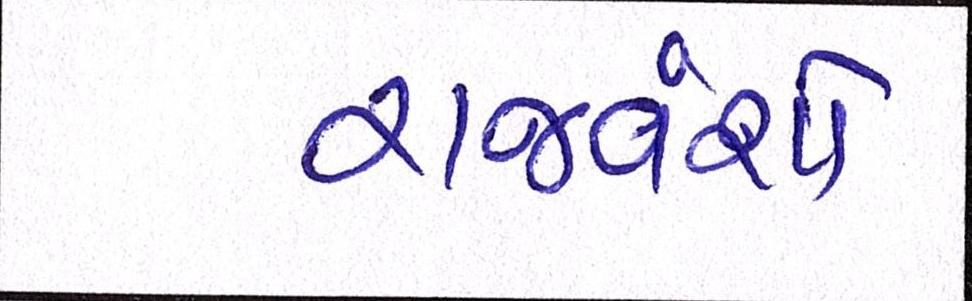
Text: રાજવંશો